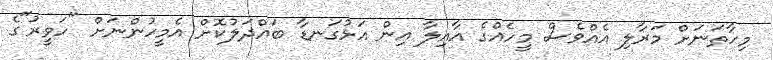
މިހާތަނަށް މަރާލި އެއްވެސް މީހެއްގެ އާއިލާ އިން އަޅުގަނޑާ ބައްދަލުކޮށް އެމީހުންނަށް "ހަވީރު"ގެ